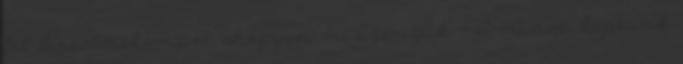
fel Birsalmakompót, ahogyan mi szeretjük - A minap kaptunk